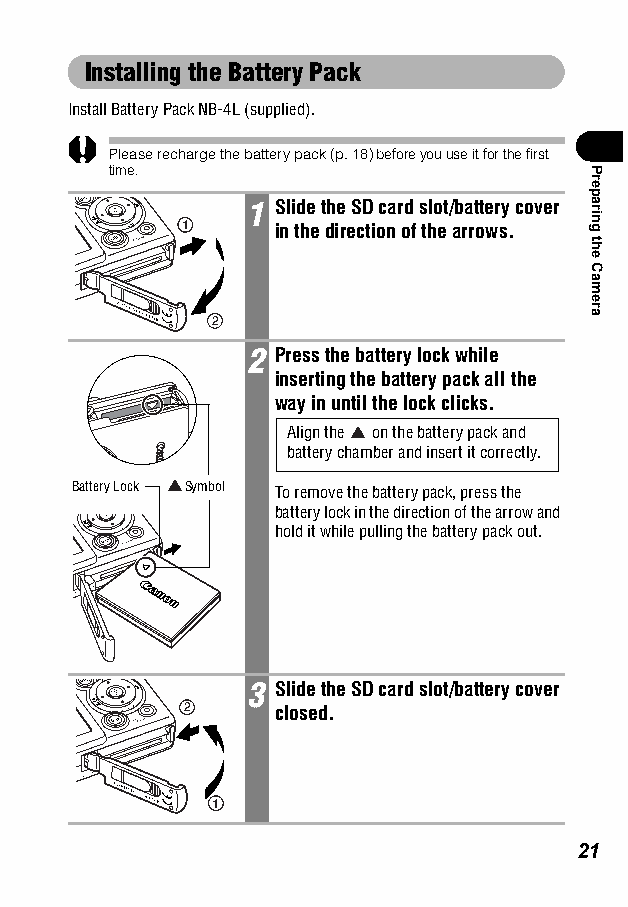
Installing the Battery Pack
 Install Battery Pack NB-4L (supplied).
 Please recharge the battery pack (p. 18) before you use it for the first
 time.
 1 Slide the SD card slot/battery cover
 1      in the direction of the arrows.
 2
 2 Press the battery lock while
 inserting the battery pack all the
 way in until the lock clicks.
 Align the on the battery pack and
 battery chamber and insert it correctly.
 Battery Lock Symbol To remove the battery pack, press the
 battery lock in the direction of the arrow and
 hold it while pulling the battery pack out.
 3 Slide the SD card slot/battery cover
 2     closed.
 1
 21
 Preparing
 the
 Camera